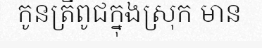
កូនត្រីពូជក្នុងស្រុក មាន